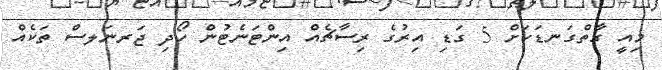
މިއީ ގާތްގަނޑަކަށް 5 ގަޑި އިރުގެ ރިސާޗެއް އިންޓަނެޓުން ހޯދި ޖަރނަލސް ތަކެއް